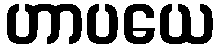
ဟာပယေ